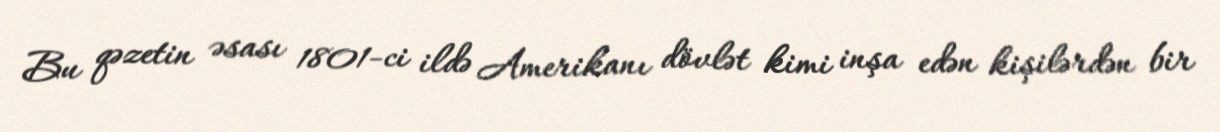
Bu qəzetin əsası 1801-ci ildə Amerikanı dövlət kimi inşa edən kişilərdən bir